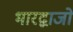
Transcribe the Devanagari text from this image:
भारद्वाजो